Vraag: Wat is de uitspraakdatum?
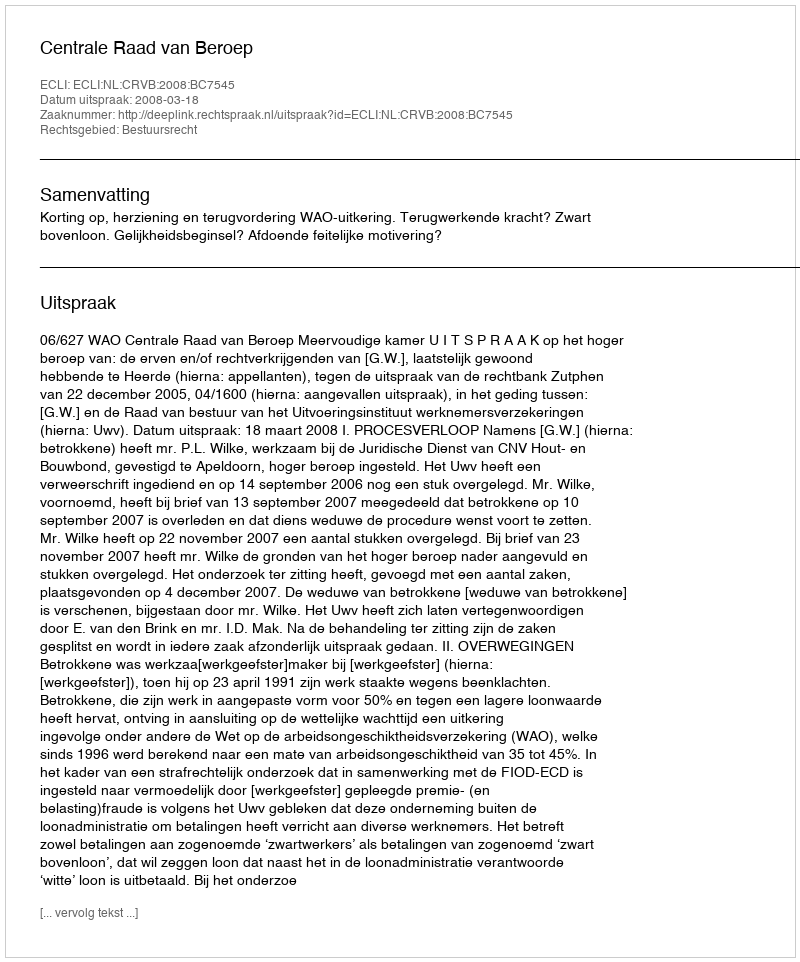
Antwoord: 2008-03-18